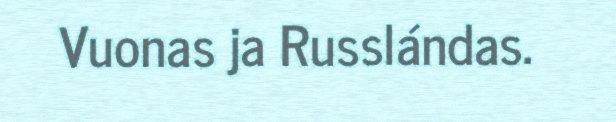
Vuonas ja Russlándas.